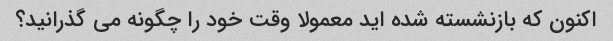
اکنون که بازنشسته شده اید معمولا وقت خود را چگونه می گذرانید؟